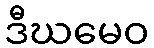
ဒီဃမေဝ